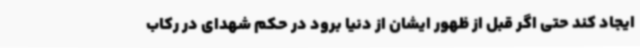
ایجاد کند حتی اگر قبل از ظهور ایشان از دنیا برود در حکم شهدای در رکاب